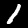
Digit: 1